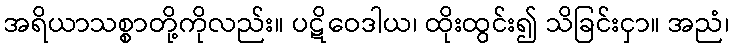
အရိယာသစ္စာတို့ကိုလည်း။ ပဋိဝေဒါယ၊ ထိုးထွင်း၍ သိခြင်းငှာ။ အညံ၊